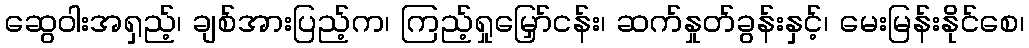
ဆွေဝါးအရှည့်၊ ချစ်အားပြည့်က၊ ကြည့်ရှုမြှော်ငန်း၊ ဆက်နှုတ်ခွန်းနှင့်၊ မေးမြန်းနိုင်စေ၊